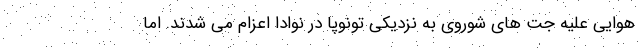
هوایی علیه جت های شوروی به نزدیکی تونوپا در نوادا اعزام می شدند. اما